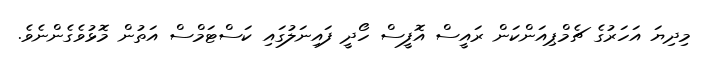
މިދިޔަ އަހަރުގެ ޗެމްޕިއަންކަން ރައީސް އޮފީސް ހޯދީ ފައިނަލުގައި ކަސްޓަމްސް އަތުން މޮޅުވެގެންނެވެ.